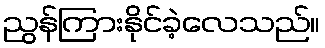
ညွန်ကြားနိုင်ခဲ့လေသည်။